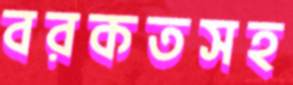
বরকতসহ